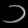
Digit: ၁